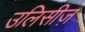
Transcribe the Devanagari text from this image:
उलिसीज़